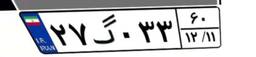
۲۷گ۰۳۳۶۰